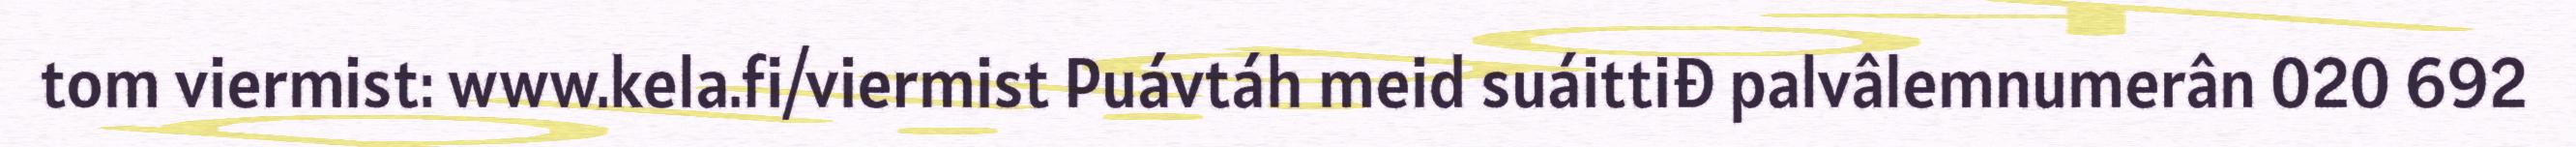
tom viermist: www.kela.fi/viermist Puávtáh meid suáittiđ palvâlemnumerân 020 692